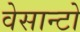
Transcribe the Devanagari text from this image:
वेसान्टो